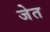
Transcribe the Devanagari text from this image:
जेत